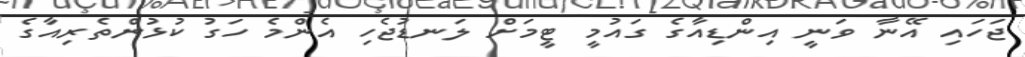
ޖަހައި އޭނާ ވަނީ އިންޑިއާގެ ގައުމީ ޓީމަށް ލަނޑުޖެހި އެންމެ ހަގު ކުޅުންތެރިއާގެ